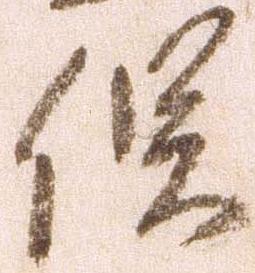
俣